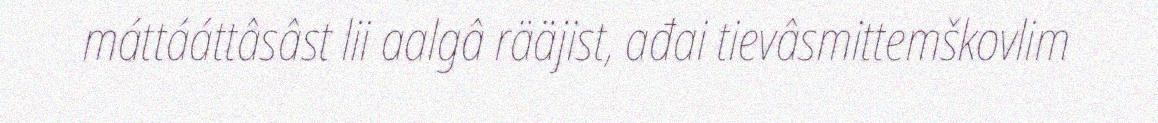
máttááttâsâst lii aalgâ rääjist, ađai tievâsmittemškovlim